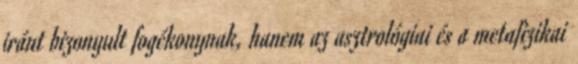
iránt bizonyult fogékonynak, hanem az asztrológiai és a metafizikai